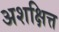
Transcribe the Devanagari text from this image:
अशक्षित्त